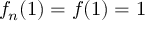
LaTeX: f _ { n } ( 1 ) = f ( 1 ) = 1